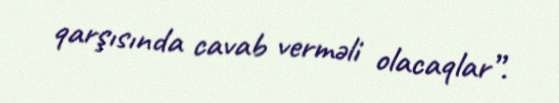
qarşısında cavab verməli olacaqlar”.